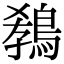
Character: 𪁡